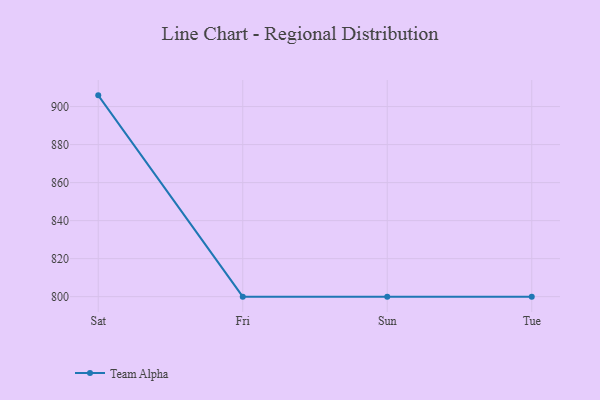
{"axis": {"x": "Day", "y": "Humidity (%)"}, "legend": ["Team Alpha"], "data": [{"x": "Sat", "y": 905.9, "type": "Team Alpha"}, {"x": "Fri", "y": 800, "type": "Team Alpha"}, {"x": "Sun", "y": 800, "type": "Team Alpha"}, {"x": "Tue", "y": 800, "type": "Team Alpha"}]}